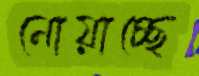
নোয়াচ্ছে